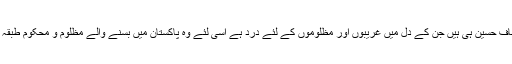
انہوں نے کہاکہ صرف جناب الطاف حسین ہی ہیں جن کے دل میں غریبوں اور مظلوموں کے لئے درد ہے اسی لئے وہ پاکستان میں بسنے والے مظلوم و محکوم طبقہ کی امیدوں کا محور و مرکز ہیں۔